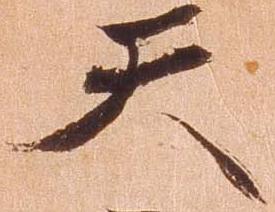
天